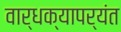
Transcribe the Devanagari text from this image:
वार्धक्यापर्यंत